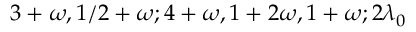
3 + \omega , 1 / 2 + \omega ; 4 + \omega , 1 + 2 \omega , 1 + \omega ; 2 \lambda _ { 0 }